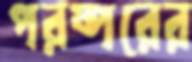
পরষ্পরের